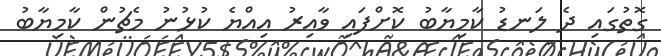
ގޮތުގައި ދެ ލަނޑު ކާމިޔާބު ކޮށްފައި ވާއިރު އިއްޔެ ކުޅުނު މެޗުން ކާމިޔާބު